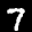
Label: 7